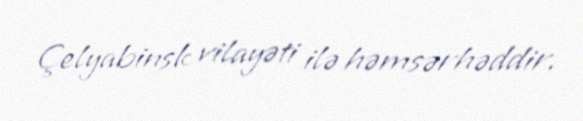
Çelyabinsk vilayəti ilə həmsərhəddir.